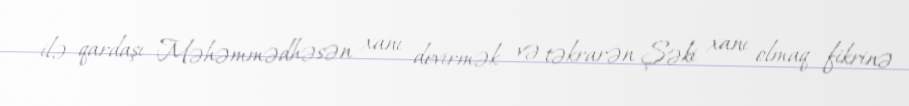
ilə qardaşı Məhəmmədhəsən xanı devirmək və təkrarən Şəki xanı olmaq fikrinə